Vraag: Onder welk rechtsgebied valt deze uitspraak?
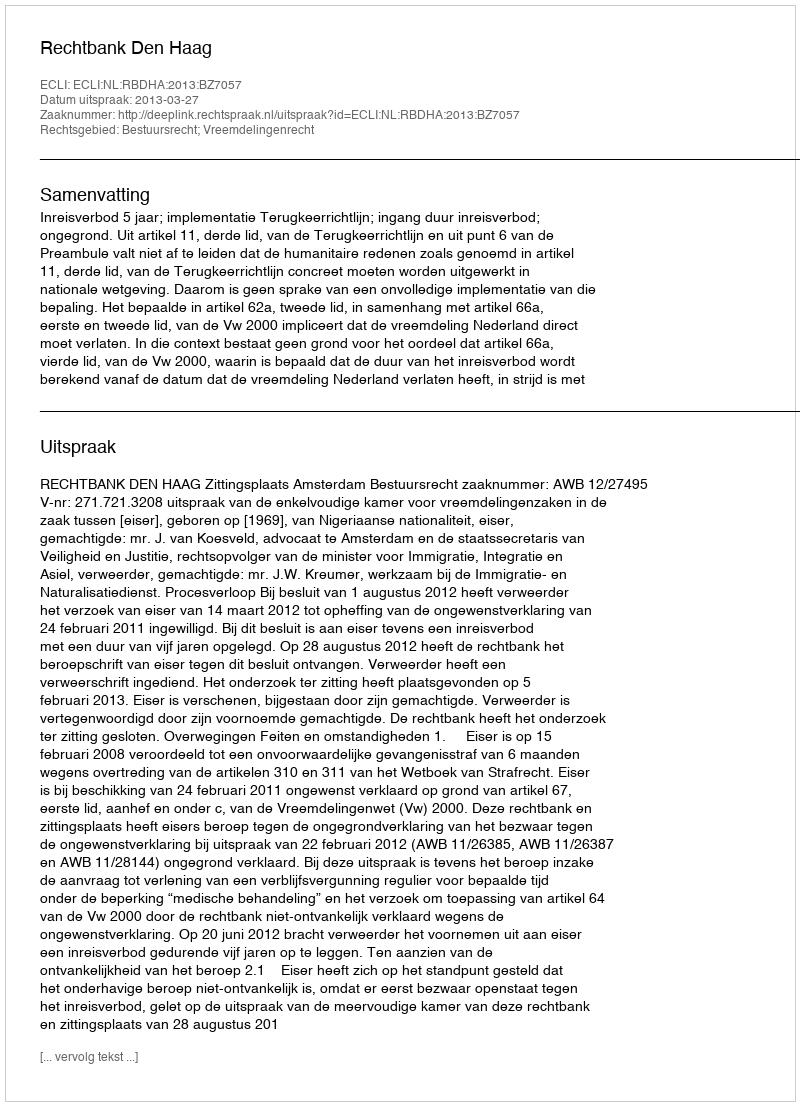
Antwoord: Bestuursrecht; Vreemdelingenrecht